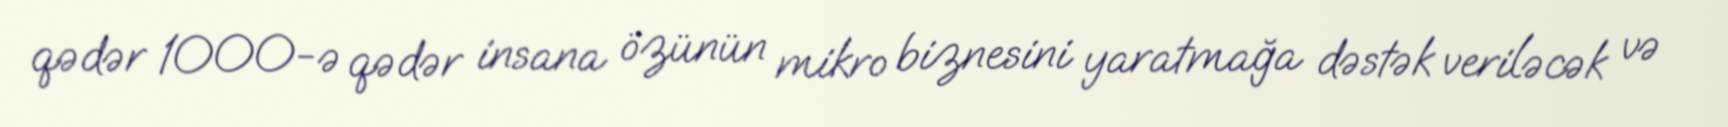
qədər 1000-ə qədər insana özünün mikro biznesini yaratmağa dəstək veriləcək və